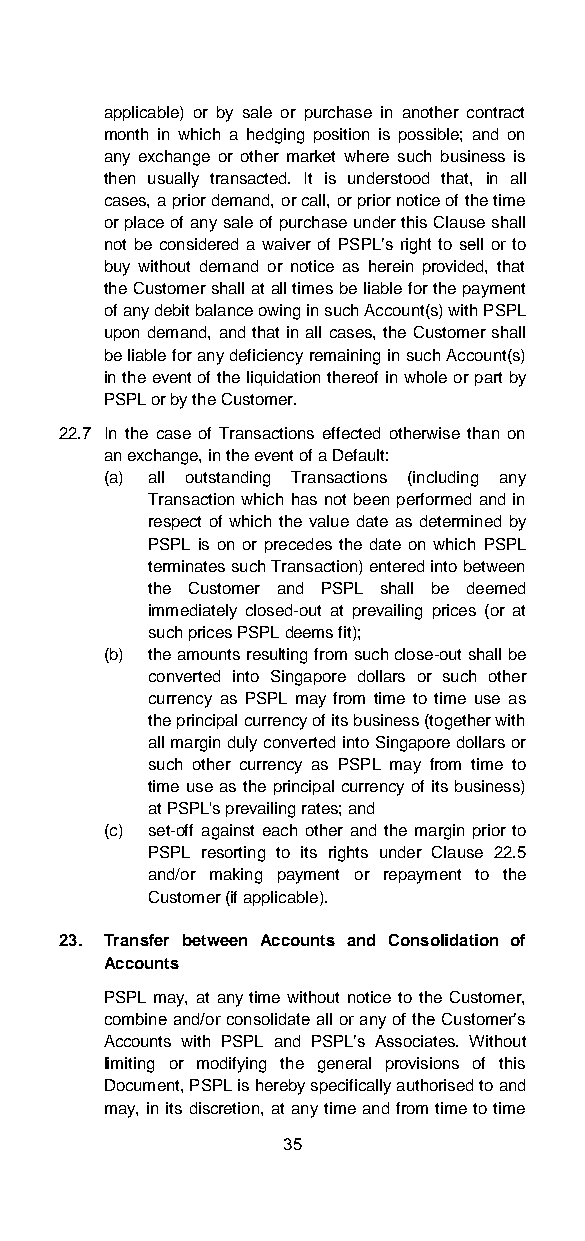
applicable) or by sale or purchase in another contract
 month in which a hedging position is possible; and on
 any exchange or other market where such business is
 then usually transacted. It is understood that, in all
 cases, a prior demand, or call, or prior notice of the time
 or place of any sale of purchase under this Clause shall
 not be considered a waiver of PSPL’s right to sell or to
 buy without demand or notice as herein provided, that
 the Customer shall at all times be liable for the payment
 of any debit balance owing in such Account(s) with PSPL
 upon demand, and that in all cases, the Customer shall
 be liable for any deficiency remaining in such Account(s)
 in the event of the liquidation thereof in whole or part by
 PSPL or by the Customer.
 22.7 In the case of Transactions effected otherwise than on
 an exchange, in the event of a Default:
 (a) all outstanding Transactions (including any
 Transaction which has not been performed and in
 respect of which the value date as determined by
 PSPL is on or precedes the date on which PSPL
 terminates such Transaction) entered into between
 the Customer and PSPL shall be deemed
 immediately closed-out at prevailing prices (or at
 such prices PSPL deems fit);
 (b) the amounts resulting from such close-out shall be
 converted into Singapore dollars or such other
 currency as PSPL may from time to time use as
 the principal currency of its business (together with
 all margin duly converted into Singapore dollars or
 such other currency as PSPL may from time to
 time use as the principal currency of its business)
 at PSPL's prevailing rates; and
 (c) set-off against each other and the margin prior to
 PSPL resorting to its rights under Clause 22.5
 and/or making payment or repayment to the
 Customer (if applicable).
 23. Transfer between Accounts and Consolidation of
 Accounts
 PSPL may, at any time without notice to the Customer,
 combine and/or consolidate all or any of the Customer’s
 Accounts with PSPL and PSPL’s Associates. Without
 limiting or modifying the general provisions of this
 Document, PSPL is hereby specifically authorised to and
 may, in its discretion, at any time and from time to time
 35